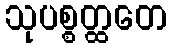
သုပစ္စတ္ထတေ